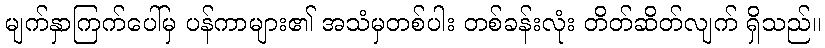
မျက်နှာကြက်ပေါ်မှ ပန်ကာများ၏ အသံမှတစ်ပါး တစ်ခန်းလုံး တိတ်ဆိတ်လျက် ရှိသည်။